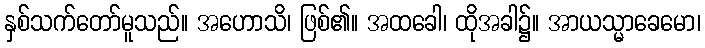
နှစ်သက်တော်မူသည်။ အဟောသိ၊ ဖြစ်၏။ အထခေါ၊ ထိုအခါ၌။ အာယသ္မာခေမော၊